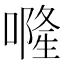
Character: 𠾐